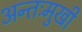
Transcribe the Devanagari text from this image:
अन्तःमुखी